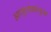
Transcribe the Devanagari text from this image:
आजूलाबाजूला